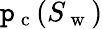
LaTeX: \mathtt{p}_{\mathrm{{~c~}}}(S_{\mathrm{{~w~}}})